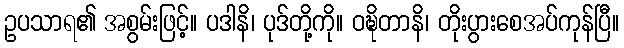
ဥပသာရ၏ အစွမ်းဖြင့်။ ပဒါနိ၊ ပုဒ်တို့ကို။ ဝဍ္ဎိတာနိ၊ တိုးပွားစေအပ်ကုန်ပြီ။